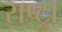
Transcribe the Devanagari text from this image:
राष्ट्रा